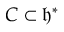
C \subset { \mathfrak { h } } ^ { * }